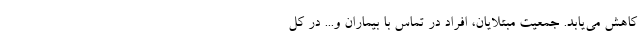
کاهش می‌یابد. جمعیت مبتلایان، افراد در تماس با بیماران و... در کل